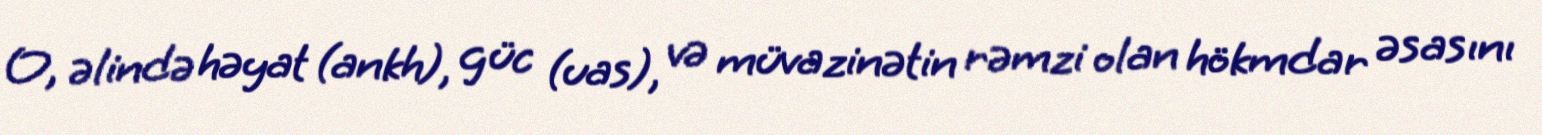
O, əlində həyat (ankh), güc (uas), və müvazinətin rəmzi olan hökmdar əsasını